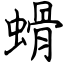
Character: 螖